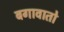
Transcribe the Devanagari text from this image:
बगावातो